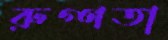
রুগ্ণতা